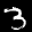
Label: 3